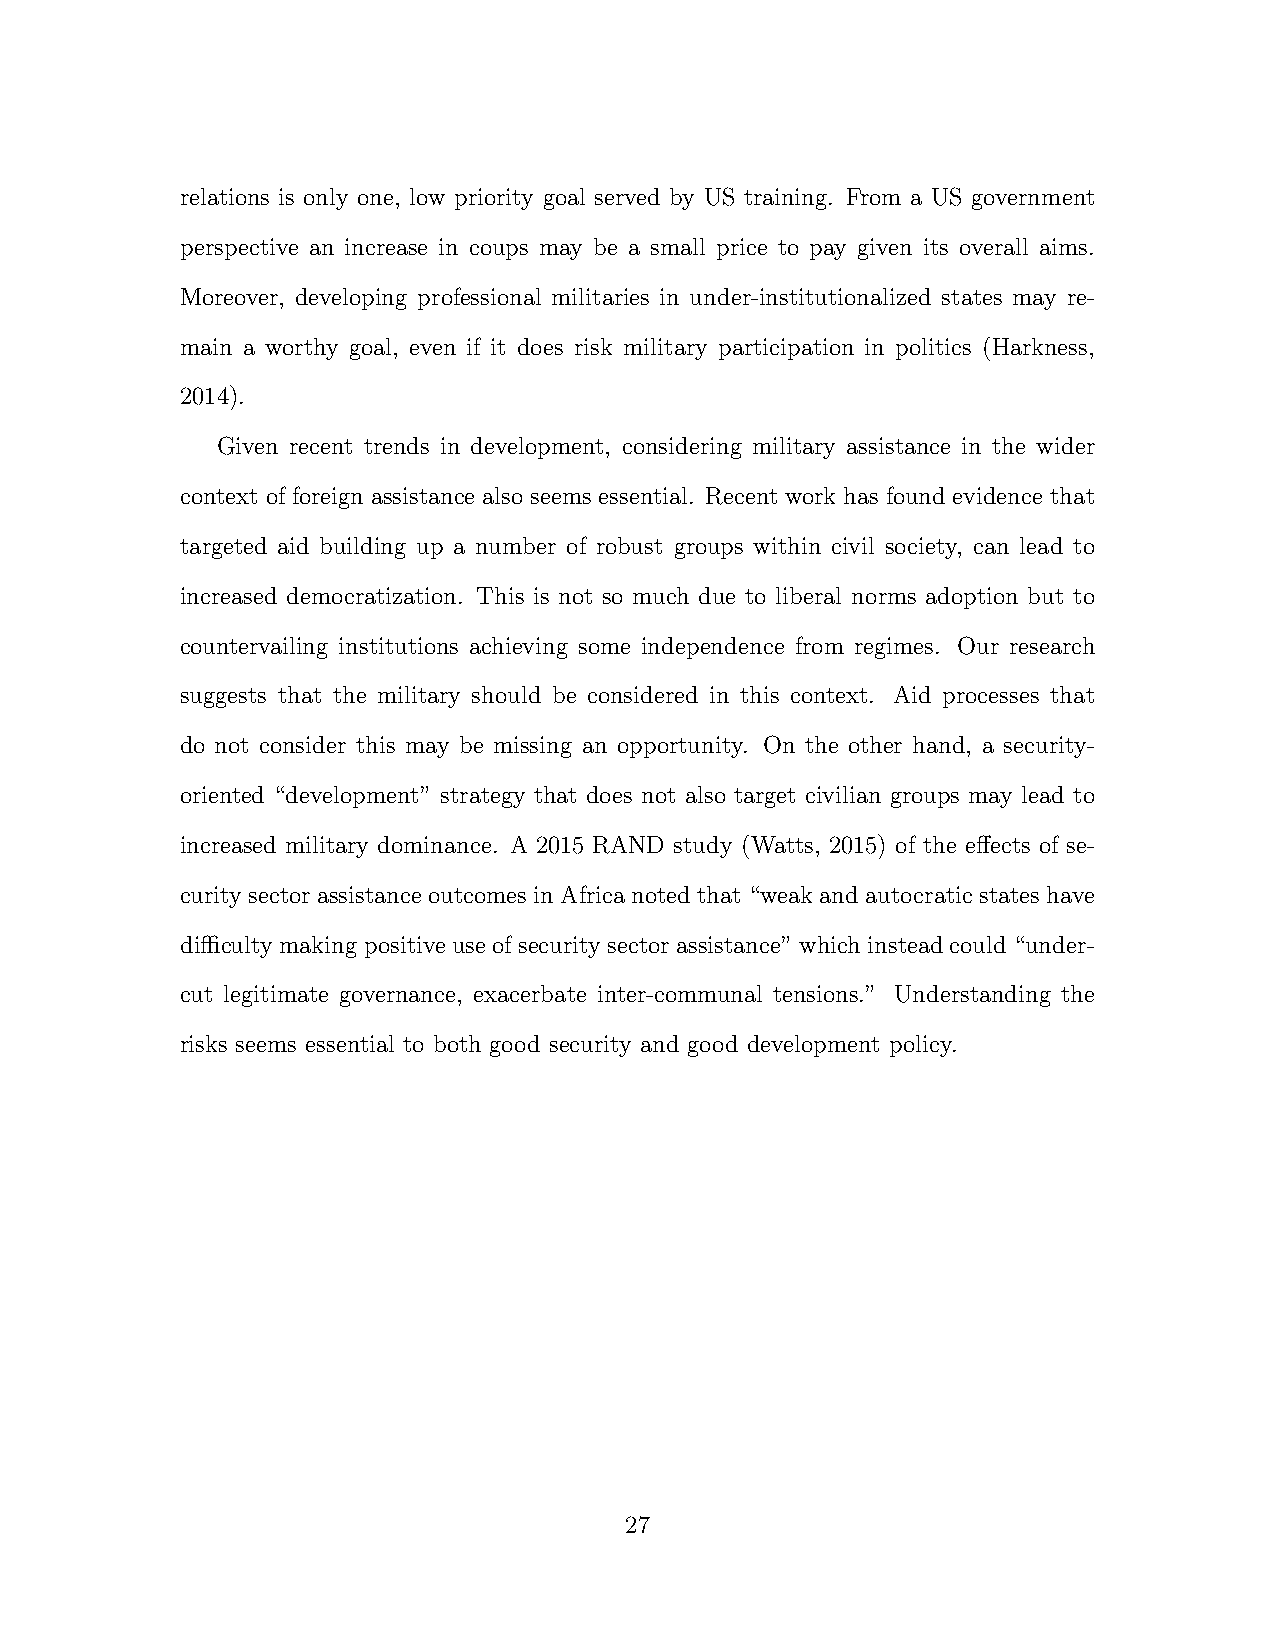
relations is only one, low priority goal served by US training. From a US government
 perspective an increase in coups may be a small price to pay given its overall aims.
 Moreover, developing professional militaries in under-institutionalized states may re-
 main a worthy goal, even if it does risk military participation in politics (Harkness,
 2014).
 Given recent trends in development, considering military assistance in the wider
 context of foreign assistance also seems essential. Recent work has found evidence that
 targeted aid building up a number of robust groups within civil society, can lead to
 increased democratization. This is not so much due to liberal norms adoption but to
 countervailing institutions achieving some independence from regimes. Our research
 suggests that the military should be considered in this context. Aid processes that
 do not consider this may be missing an opportunity. On the other hand, a security-
 oriented “development” strategy that does not also target civilian groups may lead to
 increased military dominance. A 2015 RAND study (Watts, 2015) of the e↵ects of se-
 curity sector assistance outcomes in Africa noted that “weak and autocratic states have
 diculty making positive use of security sector assistance” which instead could “under-
 cut legitimate governance, exacerbate inter-communal tensions.” Understanding the
 risks seems essential to both good security and good development policy.
 27